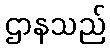
ဌာနသည်